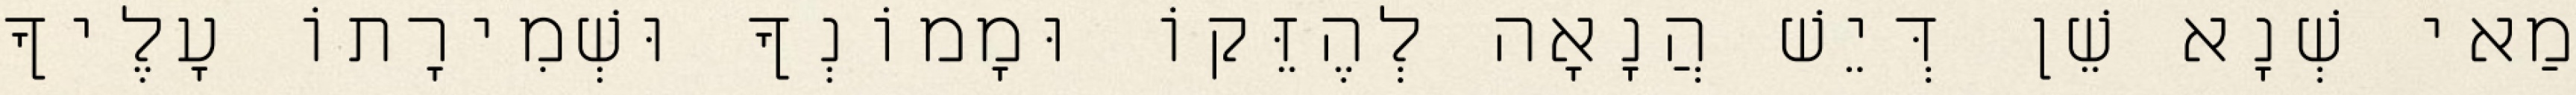
מַאי שְׁנָא שֵׁן דְּיֵשׁ הֲנָאָה לְהֶזֵּקוֹ וּמָמוֹנְךָ וּשְׁמִירָתוֹ עָלֶיךָ